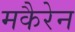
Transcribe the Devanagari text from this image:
मकैरेन